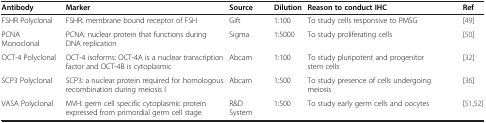
| Antibody | Marker | Source | Dilution | Reason to conduct IHC | Ref |
 | --- | --- | --- | --- | --- | --- |
 | FSHR Polyclonal | FSHR: membrane bound receptor of FSH | Gift | 1:100 | To study cells responsive to PMSG | [49] |
 | PCNA Monoclonal | PCNA: nuclear protein that functions during DNA replication | Sigma | 1:5000 | To study proliferating cells | [50] |
 | OCT-4 Polyclonal | OCT-4 isoforms: OCT-4A is a nuclear transcription factor and OCT-4B is cytoplasmic | Abcam | 1:100 | To study pluripotent and progenitor stem cells | [32] |
 | SCP3 Polyclonal | SCP3: a nuclear protein required for homologous recombination during meiosis I | Abcam | 1:500 | To study presence of cells undergoing meiosis | [36] |
 | VASA Polyclonal | MVH: germ cell specific cytoplasmic protein expressed from primordial germ cell stage | R&D System | 1:500 | To study early germ cells and oocytes | [51,52] |